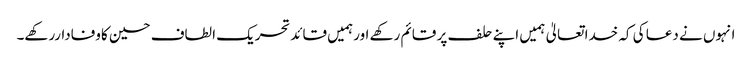
انہوں نے دعا کی کہ خدا تعالیٰ ہمیں اپنے حلف پر قائم رکھے اورہمیں قائدتحریک الطاف حسین کاوفاداررکھے۔